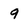
Character: 9